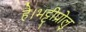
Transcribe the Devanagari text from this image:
है।भट्टीप्रोलु